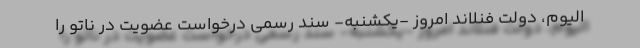
الیوم، دولت فنلاند امروز -یکشنبه- سند رسمی درخواست عضویت در ناتو را